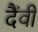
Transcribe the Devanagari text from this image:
दैंवी